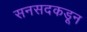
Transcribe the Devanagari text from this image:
सनसदकडून